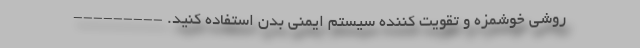
روشی خوشمزه و تقویت کننده سیستم ایمنی بدن استفاده کنید. ---------